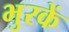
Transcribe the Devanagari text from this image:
भुरकें